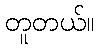
တူတယ်။